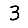
Digit: 3